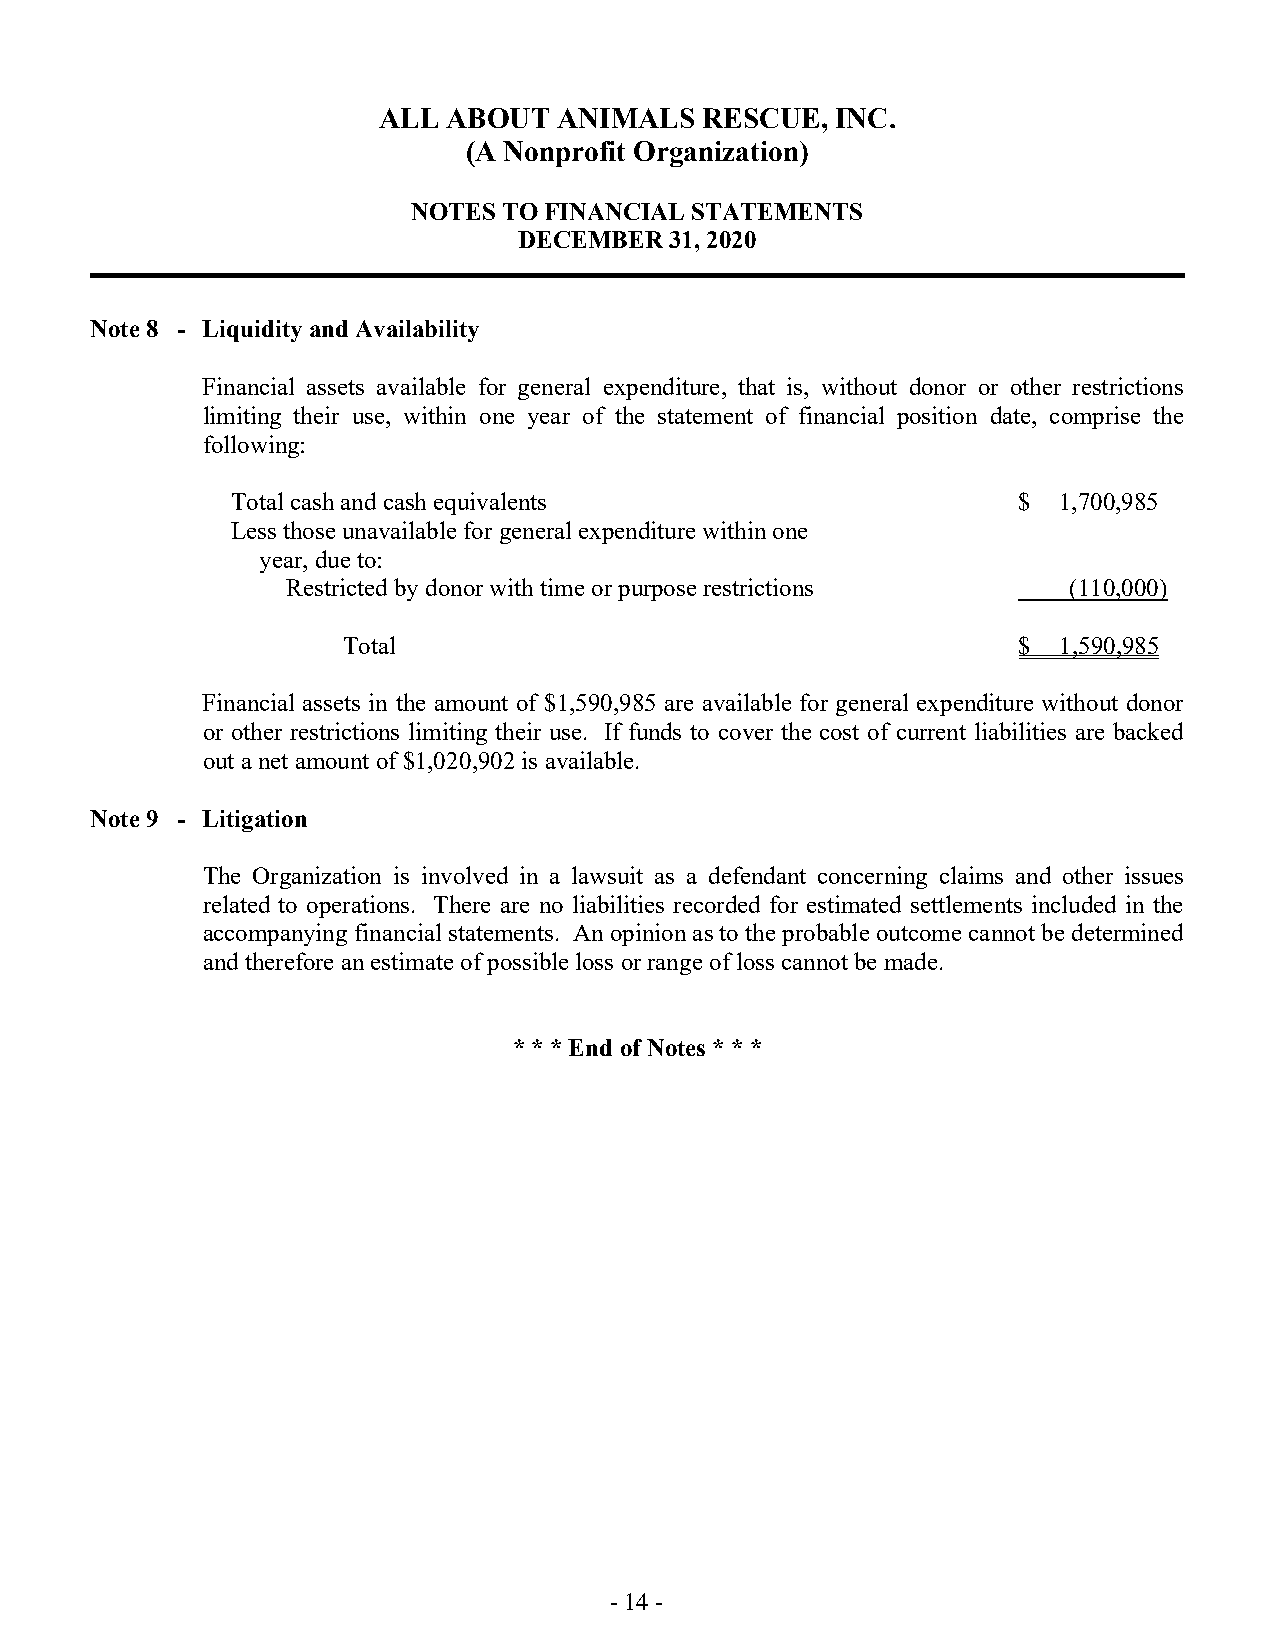
ALL  ABOUT  ANIMALS  RESCUE,  INC.
 (A Nonprofit Organization)
 NOTES TO FINANCIAL STATEMENTS
 DECEMBER  31, 2020
 Note 8 - Liquidity and Availability
 Financial assets available for general expenditure, that is, without donor or other restrictions
 limiting their use, within one year of the statement of financial position date, comprise the
 following:
 Total cash and cash equivalents                     $  1,700,985
 Less those unavailable for general expenditure within one
 year, due to:
 Restricted by donor with time or purpose restrictions (110,000)
 Total                                       $  1,590,985
 Financial assets in the amount of $1,590,985 are available for general expenditure without donor
 or other restrictions limiting their use. If funds to cover the cost of current liabilities are backed
 out a net amount of $1,020,902 is available.
 Note 9 - Litigation
 The Organization is involved in a lawsuit as a defendant concerning claims and other issues
 related to operations. There are no liabilities recorded for estimated settlements included in the
 accompanying financial statements. An opinion as to the probable outcome cannot be determined
 and therefore an estimate of possible loss or range of loss cannot be made.
 * * * End of Notes * * *
 - 14 -